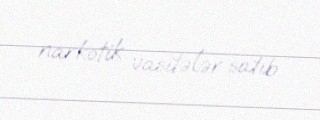
narkotik vasitələr satıb.